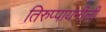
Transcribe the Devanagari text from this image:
तिरुप्पायनीली